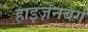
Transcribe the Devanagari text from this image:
हाइज़ेनबर्ग